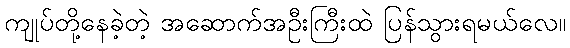
ကျုပ်တို့နေခဲ့တဲ့ အဆောက်အဦးကြီးထဲ ပြန်သွားရမယ်လေ။